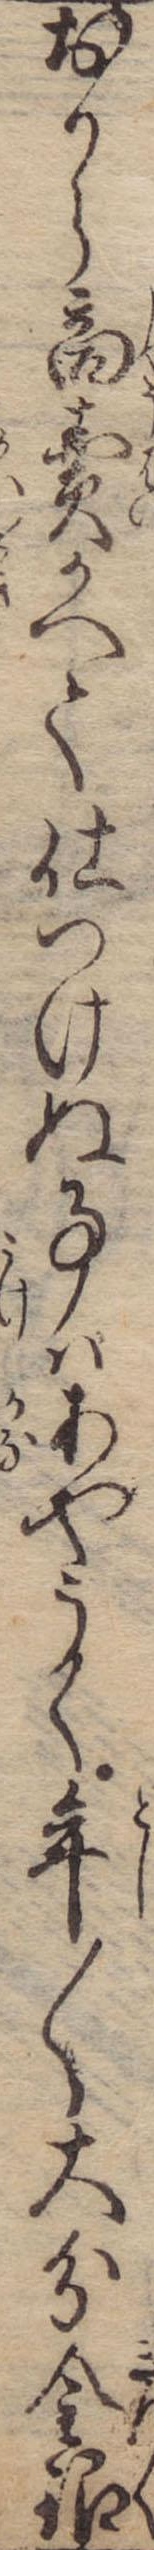
おから商売かへて仕つけぬ事はあやうく年〱大分金銀